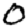
Digit: 0